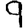
Digit: 9